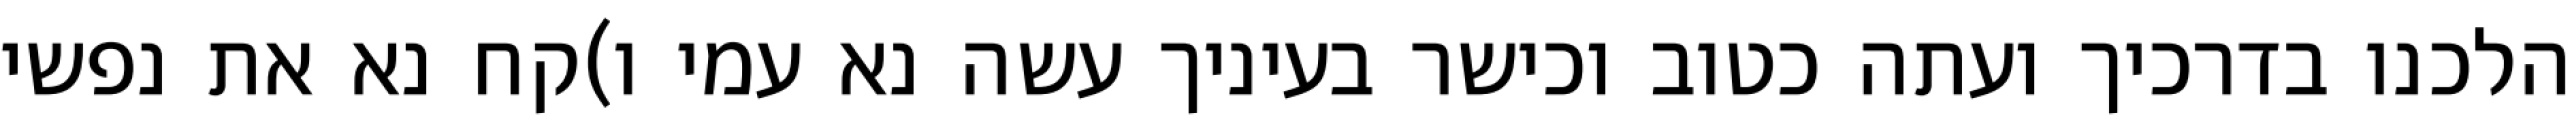
הלכנו בדרכיך ועתה כטוב וכישר בעיניך עשה נא עמי ו)קח נא את נפשי